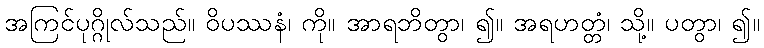
အကြင်ပုဂ္ဂိုလ်သည်။ ဝိပဿနံ၊ ကို။ အာရဘိတွာ၊ ၍။ အရဟတ္တံ၊ သို့။ ပတွာ၊ ၍။